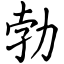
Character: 勃